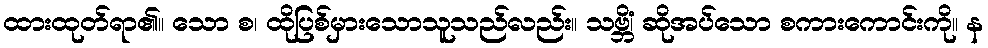
ထားထုတ်ရာ၏။ သော စ၊ ထိုပြစ်မှားသောသူသည်လည်း။ သဗ္ဘိံ၊ ဆိုအပ်သော စကားကောင်းကို။ န